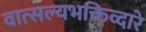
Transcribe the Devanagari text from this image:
वात्सल्यभक्तिव्दारे